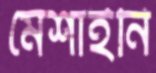
মেশাইনি